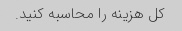
کل هزینه را محاسبه کنید.